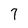
Character: 7